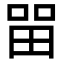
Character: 㽞